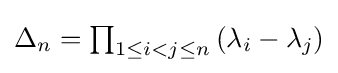
{\textstyle \Delta _{n}=\prod _{1\leq i<j\leq n}\left(\lambda _{i}-\lambda _{j}\right)}